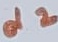
Text: d2